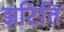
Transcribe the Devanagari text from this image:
झटिति